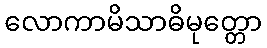
လောကာမိသာဓိမုတ္တော